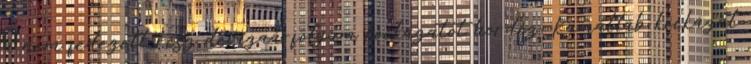
a nem fedezett rész devizaárfolyam kockázatot hordoz. Kamatláb kockázat